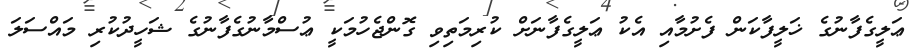
ޢަލީގެފާނުގެ ޚަލީފާކަން ފެށުމާއި އެކު ޢަލީގެފާނަށް ކުރިމަތިވި ގޮންޖެހުމަކީ ޢުސްމާނުގެފާނުގެ ޝަހީދުކުރި މައްސަލަ